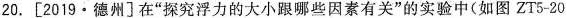
20. [2019·德州]在”探究浮力的大小跟哪些因素有关”的实验中(如图ZT5-20